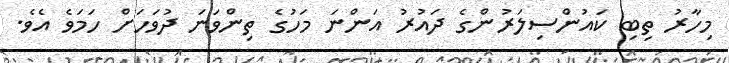
މިހާރު ތިބި ކައުންސިލަރުންގެ ދައުރު އަންނަ މަހުގެ ތިންވަނަ ދުވަހަށް ހަމަވެ އެވެ.